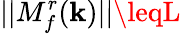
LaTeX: \lvert|M_{f}^{r}(\mathbf{k})\rvert|\leqL